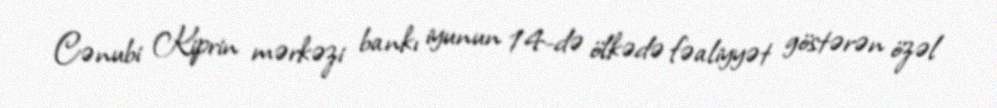
Cənubi Kiprin mərkəzi bankı iyunun 14-də ölkədə fəaliyyət göstərən özəl